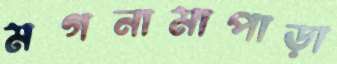
মগনামাপাড়া